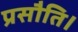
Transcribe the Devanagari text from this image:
प्रसौति।